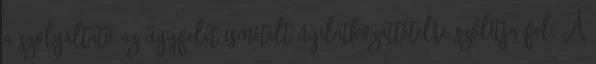
a szolgáltató az ügyfelet ismételt nyilatkozattételre szólítja fel. A